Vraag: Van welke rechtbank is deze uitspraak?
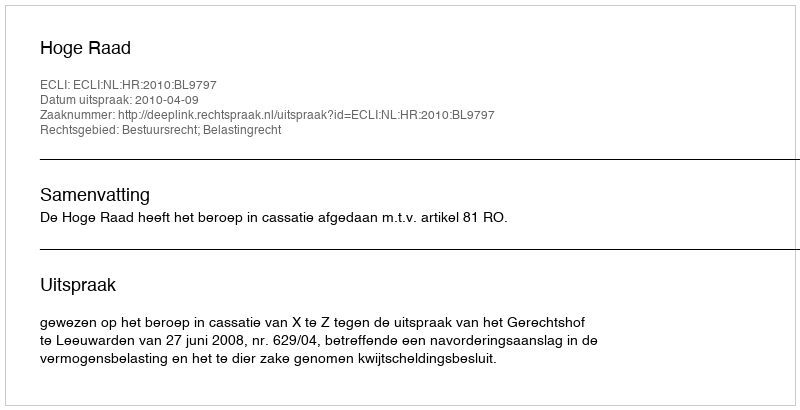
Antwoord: Hoge Raad